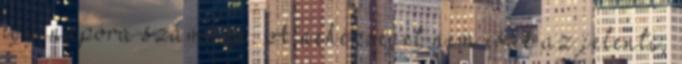
egy napóra számára. A nehézséget nem csak az jelenti,